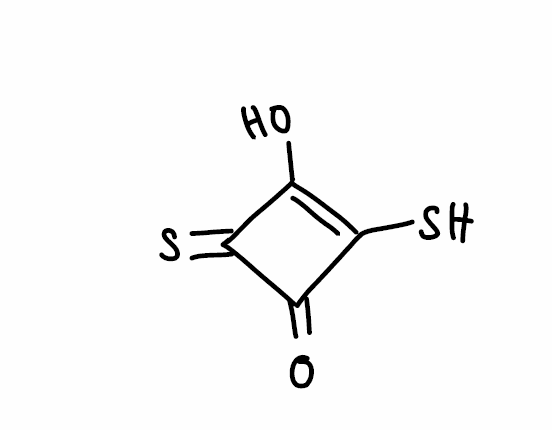
Simplified molecular-input line-entry system (SMILES) notation of the given molecule:
C1(=C(C(=O)C1=S)S)O